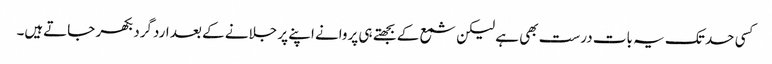
کسی حد تک یہ بات درست بھی ہے لیکن شمع کے بجھتے ہی پروانے اپنے پر جلانے کے بعد اردگرد بکھر جاتےہیں۔